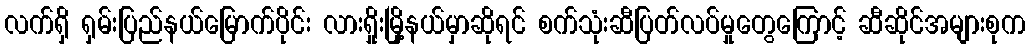
လက်ရှိ ရှမ်းပြည်နယ်မြောက်ပိုင်း လားရှိုးမြို့နယ်မှာဆိုရင် စက်သုံးဆီပြတ်လပ်မှုတွေကြောင့် ဆီဆိုင်အများစုက